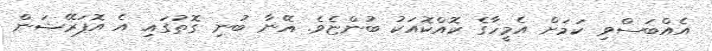
އެއްބަސްވި ކަމަށް އެމީހާގެ ކޮއްކޮއަކު ބުންޏެވެ. އޭނާ ބުނި ގޮތުގައި އެ އޮޕަރޭޝަން